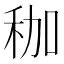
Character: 𥝿